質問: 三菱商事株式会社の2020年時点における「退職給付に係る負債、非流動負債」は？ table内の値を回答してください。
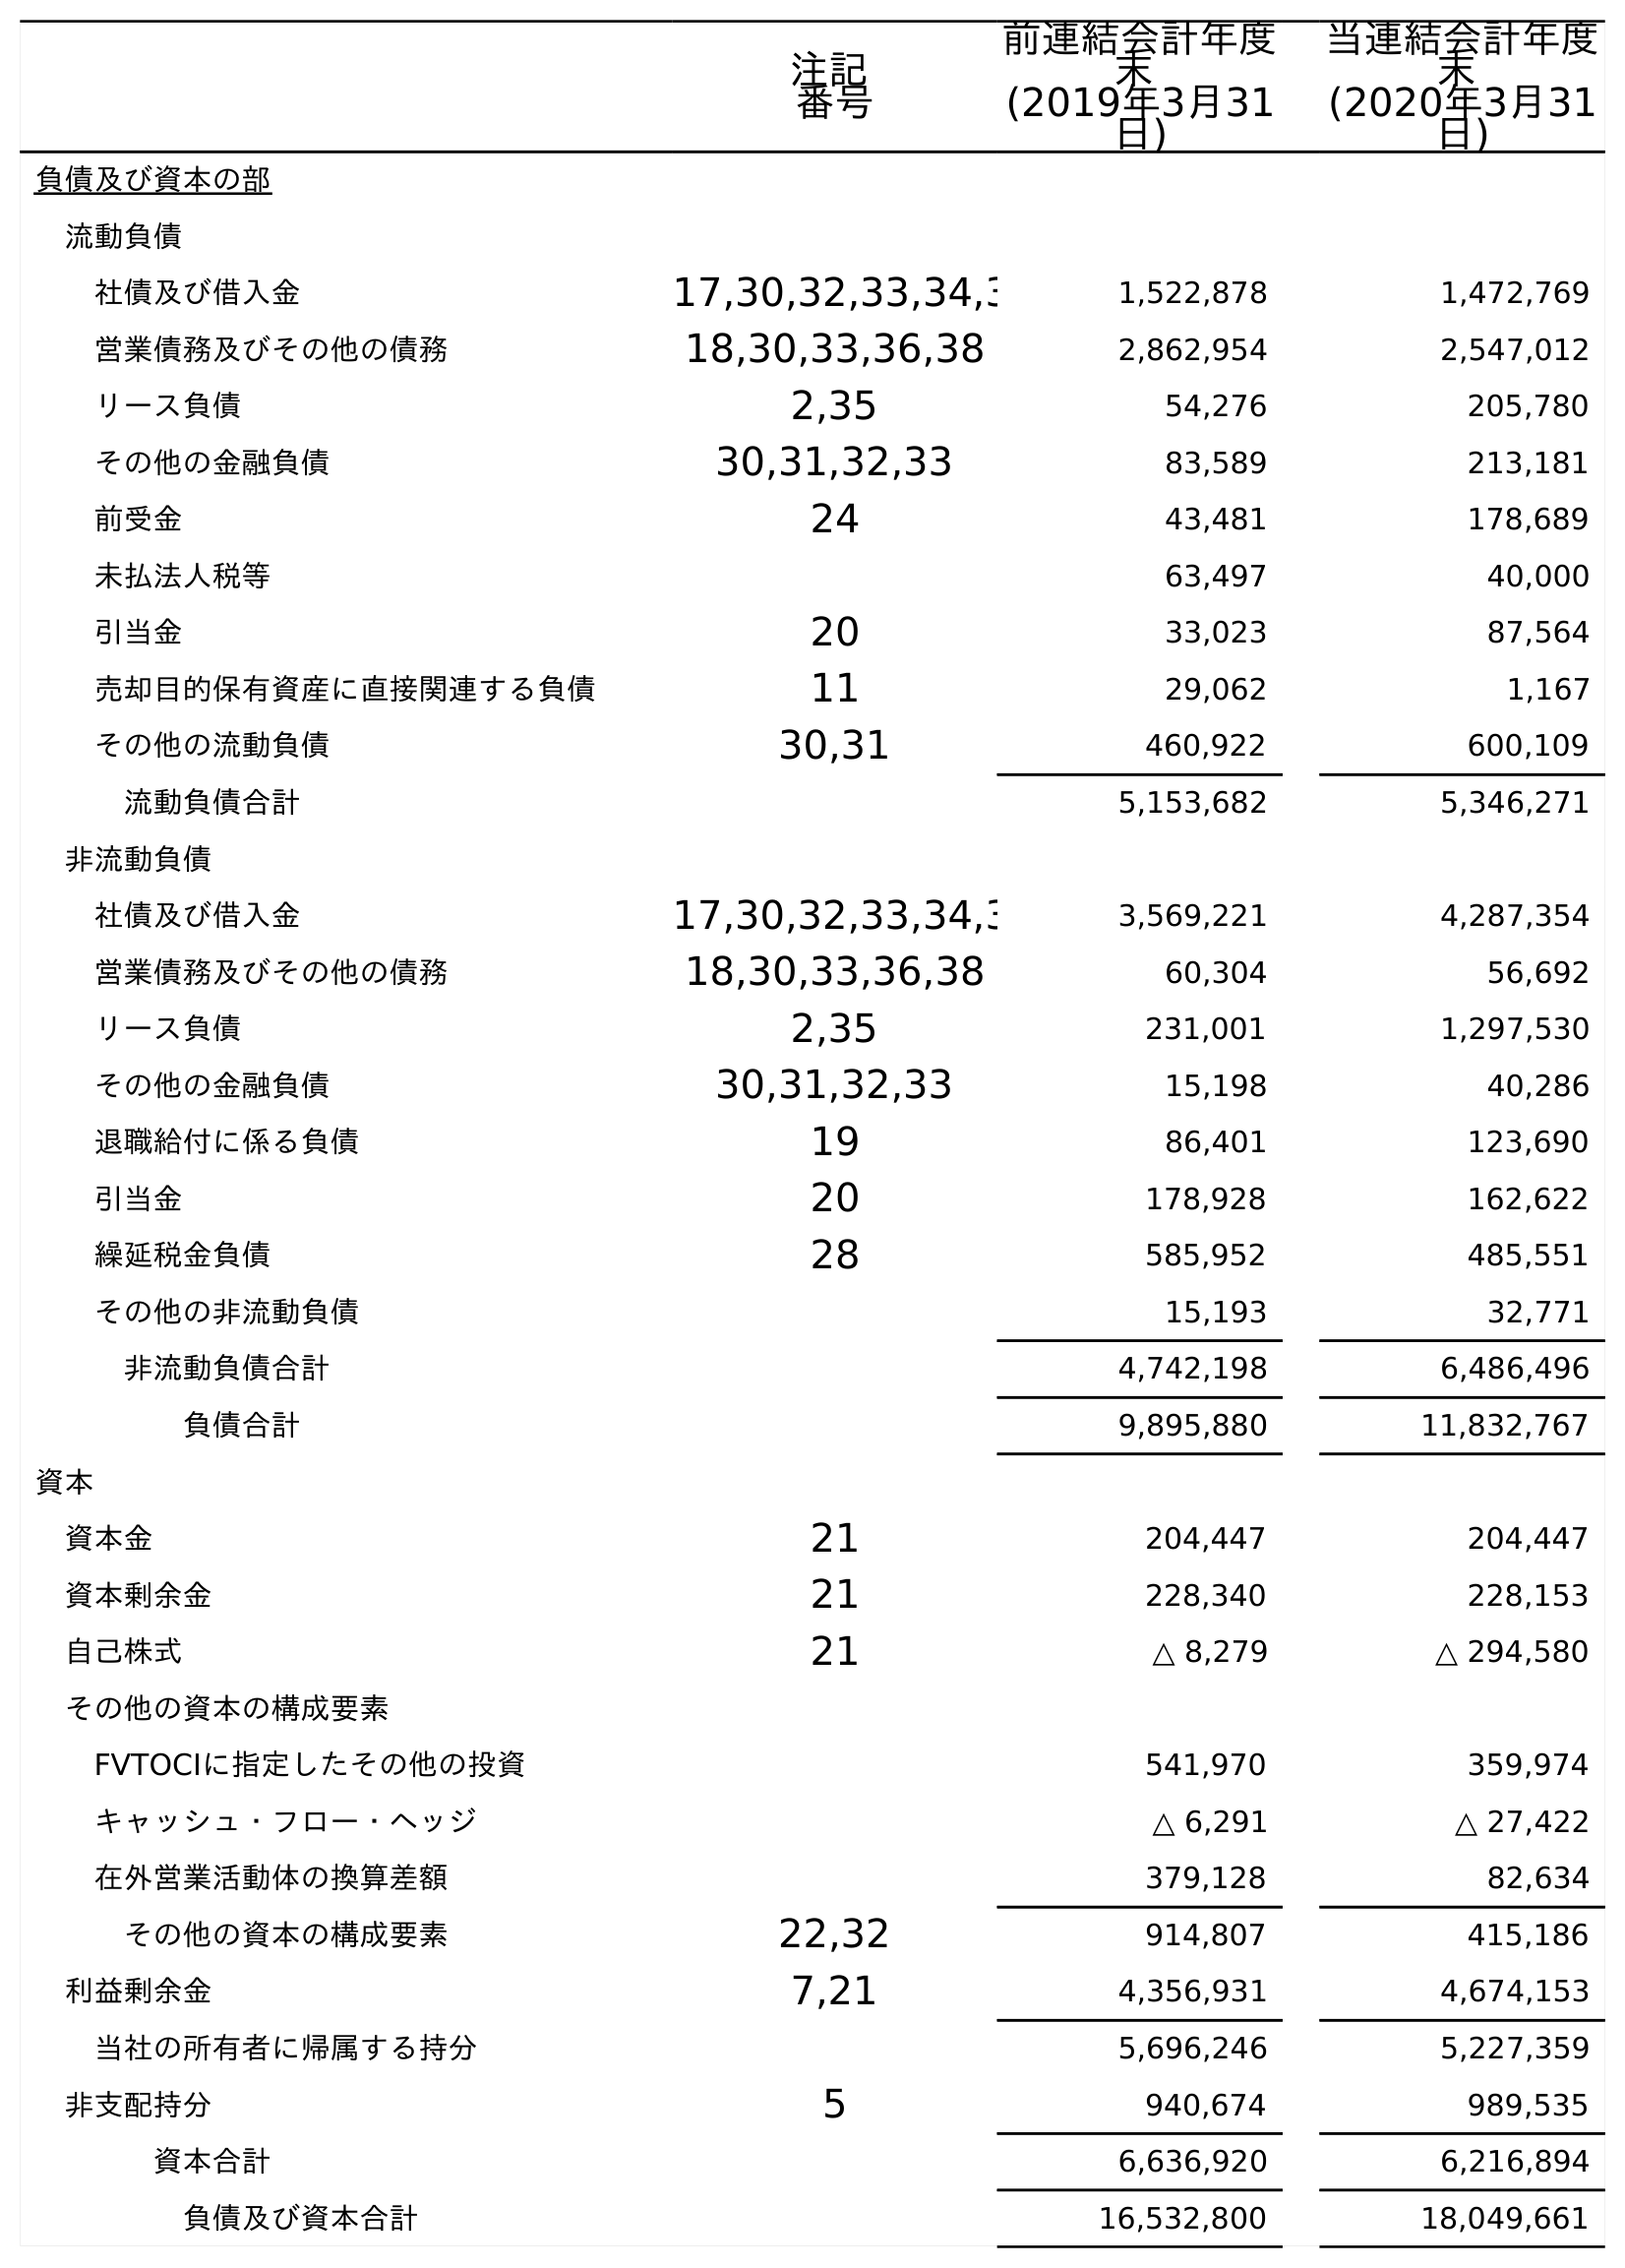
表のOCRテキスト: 注記 番号 前連結会計年度 末 (2019年3月31 日) 当連結会計年度 末 (2020年3月31 日) 負債及び資本の部 流動負債 社債及び借入金 17,30,32,33,34,3 1,522,878 1,472,769 営業債務及びその他の債務 18,30,33,36,38 2,862,954 2,547,012 リース負債 2,35 54,276 205,780 その他の金融負債 30,31,32,33 83,589 213,181 前受金 24 43,481 178,689 未払法人税等 63,497 40,000 引当金 20 33,023 87,564 売却目的保有資産に直接関連する負債 11 29,062 1,167 その他の流動負債 30,31 460,922 600,109 流動負債合計 5,153,682 5,346,271 非流動負債 社債及び借入金 17,30,32,33,34,3 3,569,221 4,287,354 営業債務及びその他の債務 18,30,33,36,38 60,304 56,692 リース負債 2,35 231,001 1,297,530 その他の金融負債 30,31,32,33 15,198 40,286 退職給付に係る負債 19 86,401 123,690 引当金 20 178,928 162,622 繰延税金負債 28 585,952 485,551 その他の非流動負債 15,193 32,771 非流動負債合計 4,742,198 6,486,496 負債合計 9,895,880 11,832,767 資本 資本金 21 204,447 204,447 資本剰余金 21 228,340 228,153 自己株式 21 △ 8,279 △ 294,580 その他の資本の構成要素 FVTOCIに指定したその他の投資 541,970 359,974 キャッシュ・フロー・ヘッジ △ 6,291 △ 27,422 在外営業活動体の換算差額 379,128 82,634 その他の資本の構成要素 22,32 914,807 415,186 利益剰余金 7,21 4,356,931 4,674,153 当社の所有者に帰属する持分 5,696,246 5,227,359 非支配持分 5 940,674 989,535 資本合計 6,636,920 6,216,894 負債及び資本合計 16,532,800 18,049,661
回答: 123,690